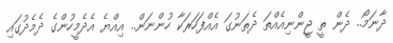
ދާނަމޯ.. ދެން ތީ ޖީންނިއެއްތަ ދެތަނުގަ އެއްފަހަރަކާ ހުންނަން.. އިއްޔެ އެދެމީހުންގެ ދެމެދުގައި